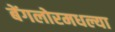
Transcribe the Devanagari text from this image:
बेंगलोरमधल्या